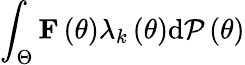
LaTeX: \int_{\Theta}{\mathbf F}\left(\theta\right)\lambda_{k}\left(\theta\right)\mathrm{d}{\cal P}\left(\theta\right)